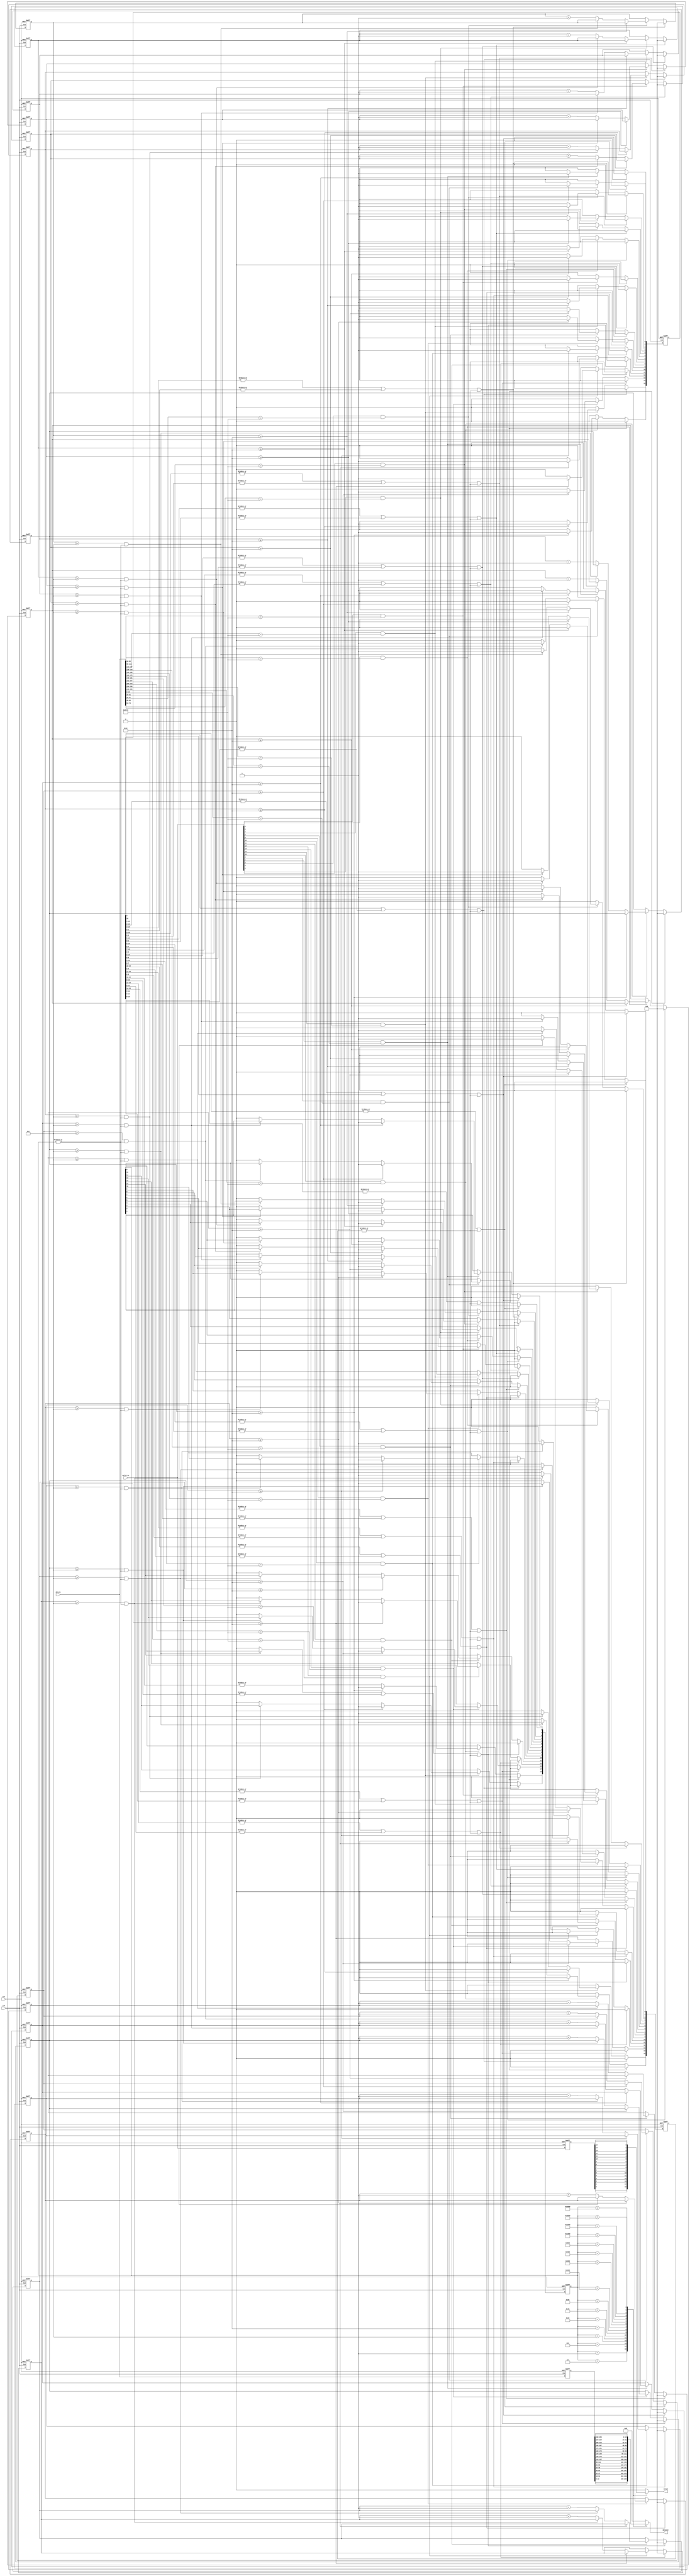
/*
Could not do channel alignment with single shift register because of bit slips
*/
module shift_align (
   input  clk,
   input  rst,
   input  [15:0] valid_in,
   input  [255:0] datain,
   output valid,
   output [15:0] dataout
);

localparam sync_pattern = 16'b1000_0001_0111_1110;
parameter lock_level   = 6'h10;
parameter unlock_level = 6'h08;

reg valid_ii;
reg [15:0] data_ii, valid_i, locked_i, rst_count, rst_all, rst_other;
reg [ 5:0] sync_count [0:15];
reg [255:0] data_i ;

integer i, x;

always @(*) begin
   rst_count[0]  <= |rst_other[15:1];
   rst_count[1]  <= |rst_other[15:2]  ||   rst_other[0];
   rst_count[2]  <= |rst_other[15:3]  ||  |rst_other[1:0];
   rst_count[3]  <= |rst_other[15:4]  ||  |rst_other[2:0];
   rst_count[4]  <= |rst_other[15:5]  ||  |rst_other[3:0];
   rst_count[5]  <= |rst_other[15:6]  ||  |rst_other[4:0];
   rst_count[6]  <= |rst_other[15:7]  ||  |rst_other[5:0];
   rst_count[7]  <= |rst_other[15:8]  ||  |rst_other[6:0];
   rst_count[8]  <= |rst_other[15:9]  ||  |rst_other[7:0];
   rst_count[9]  <= |rst_other[15:10] ||  |rst_other[8:0];
   rst_count[10] <= |rst_other[15:11] ||  |rst_other[9:0];
   rst_count[11] <= |rst_other[15:12] ||  |rst_other[10:0];
   rst_count[12] <= |rst_other[15:13] ||  |rst_other[11:0];
   rst_count[13] <= |rst_other[15:14] ||  |rst_other[12:0];
   rst_count[14] <=  rst_other[15]    ||  |rst_other[13:0];
   rst_count[15] <= |rst_other[14:0];
end

always @ (posedge clk or posedge rst) begin
   if (rst) begin
      locked_i  <= 16'h0000;
      rst_all   <= 16'h0000;
      rst_other <= 16'h0000;
      data_i    <= 255'd0;
      valid_i   <= 16'd0;
      for (x=0; x < 16; x=x+1) begin
         sync_count[x] <= 6'h00;
      end
   end
   else begin
      for (i=0; i < 16; i=i+1) begin 
         if (rst_count[i] == 1'b1 || |rst_all) begin
            locked_i[i]   <= 1'b0;
            sync_count[i] <= 6'h00;
            rst_all[i]    <= 1'b0;
            rst_other[i]  <= 1'b0;
         end
         else if (valid_in[i] == 1'b1 && datain[i*16+:16] == sync_pattern) begin
            if (sync_count[i] >= lock_level) begin
               locked_i[i]   <= 1'b1; 
               sync_count[i] <= sync_count[i]; 
               rst_all[i]    <= 1'b0;
               rst_other[i]  <= 1'b1;
            end
            else if (sync_count[i] >= unlock_level && |locked_i ) begin
               locked_i[i]   <= locked_i[i];
               sync_count[i] <= sync_count[i];
               rst_all[i]    <= 1'b1;  
               rst_other[i]  <= 1'b0;
            end
            else begin
               locked_i[i]   <= 1'b0; 
               sync_count[i] <= sync_count[i] + 1; 
               rst_all[i]    <= 1'b0;
               rst_other[i]  <= 1'b0;
            end
         end
         else begin
            locked_i[i]   <= locked_i[i];
            sync_count[i] <= sync_count[i];
            rst_all[i]    <= 1'b0;
            rst_other[i]  <= 1'b0;
         end
         data_i[i*16+:16]  <= datain[i*16+:16];
         valid_i[i] <= valid_in[i];
      end
   end
end

always @ (*) begin
   case (locked_i) 
      16'b0000000000000001  : begin valid_ii = valid_i[0];  data_ii = data_i[15:0];    end
      16'b0000000000000010  : begin valid_ii = valid_i[1];  data_ii = data_i[31:16];   end
      16'b0000000000000100  : begin valid_ii = valid_i[2];  data_ii = data_i[47:32];   end
      16'b0000000000001000  : begin valid_ii = valid_i[3];  data_ii = data_i[63:48];   end
      16'b0000000000010000  : begin valid_ii = valid_i[4];  data_ii = data_i[79:64];   end
      16'b0000000000100000  : begin valid_ii = valid_i[5];  data_ii = data_i[95:80];   end
      16'b0000000001000000  : begin valid_ii = valid_i[6];  data_ii = data_i[111:96];  end
      16'b0000000010000000  : begin valid_ii = valid_i[7];  data_ii = data_i[127:112]; end
      16'b0000000100000000  : begin valid_ii = valid_i[8];  data_ii = data_i[143:128]; end
      16'b0000001000000000  : begin valid_ii = valid_i[9];  data_ii = data_i[159:144]; end
      16'b0000010000000000  : begin valid_ii = valid_i[10]; data_ii = data_i[175:160]; end
      16'b0000100000000000  : begin valid_ii = valid_i[11]; data_ii = data_i[191:176]; end
      16'b0001000000000000  : begin valid_ii = valid_i[12]; data_ii = data_i[207:192]; end
      16'b0010000000000000  : begin valid_ii = valid_i[13]; data_ii = data_i[223:208]; end
      16'b0100000000000000  : begin valid_ii = valid_i[14]; data_ii = data_i[239:224]; end
      16'b1000000000000000  : begin valid_ii = valid_i[15]; data_ii = data_i[255:240]; end
      default               : begin valid_ii = 1'b0;        data_ii = 16'h0000;        end
   endcase
end

assign valid   = valid_ii;
assign dataout = data_ii;

endmodule